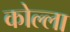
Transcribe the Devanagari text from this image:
कोल्ला